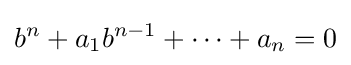
b^{n}+a_{1}b^{n-1}+\dots +a_{n}=0